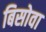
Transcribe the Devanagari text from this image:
बिसोवा